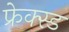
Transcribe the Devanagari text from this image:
फ्रेक्स्ड